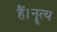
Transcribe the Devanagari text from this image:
हैं।नॄत्य